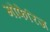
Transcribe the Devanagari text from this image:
मौफेरिज